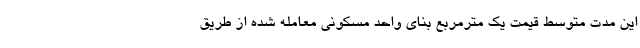
این مدت متوسط قیمت یک مترمربع بنای واحد مسکونی معامله شده از طریق